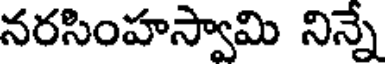
నరసింహస్వామి నిన్నే